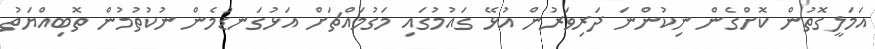
އަމަލީގޮތުން ކޮށްގެން ނިކުންނަ ދަރިވަރުން އުޅޭ ގައުމުގައި މަގުމައްޗަށް އަޅުގަނޑުމެން ނުކުތުމުން ތޮބިއްޔަތު